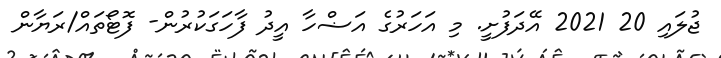
ޖުލައި 20 2021 އޭދަފުށީ. މި އަހަރުގެ އަޟްހާ އީދު ފާހަގަކުރުން- ފޮޓޯތައް/ރަޔާން